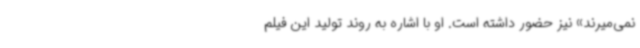
نمی‌میرند» نیز حضور داشته است. او با اشاره به روند تولید این فیلم